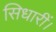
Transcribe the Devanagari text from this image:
सिधारीं।